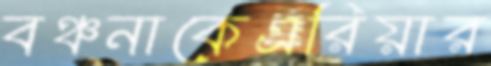
বঞ্চনাকেএরিয়ার